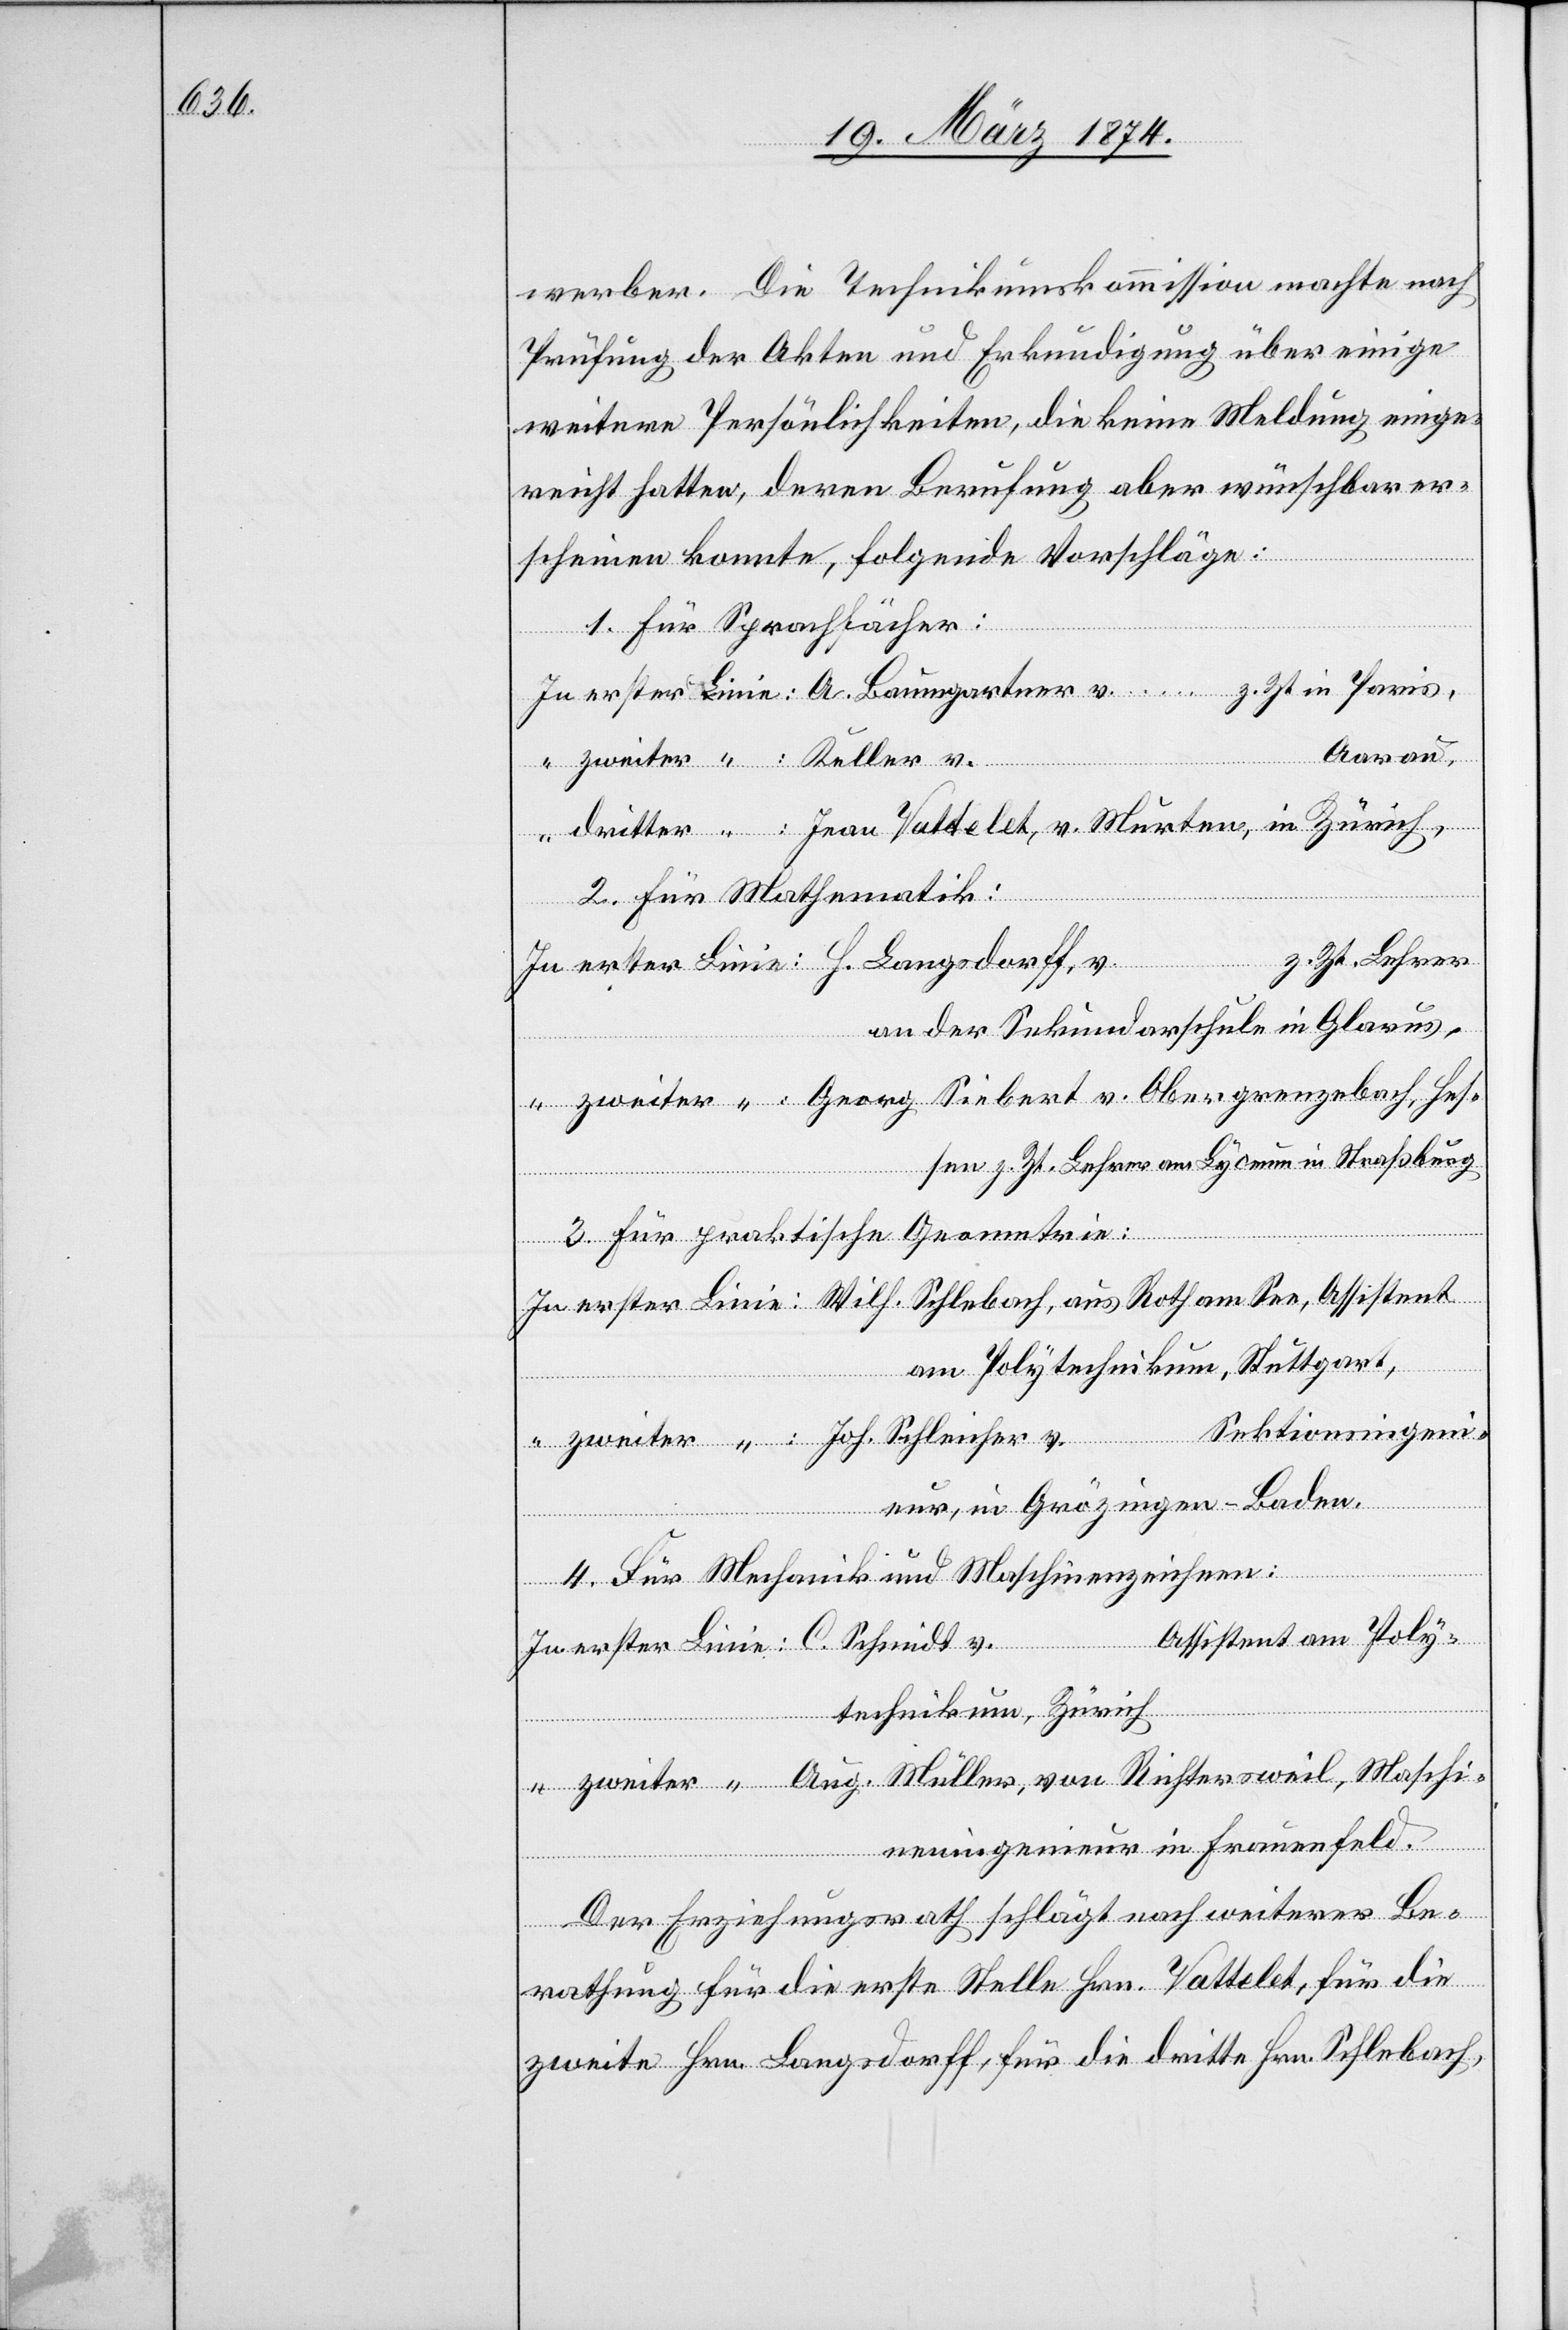
werber. Die Technikumskommission machte nach
Prüfung der Akten und Erkundigung über einige
weitere Persönlichkeiten, die keine Meldung einge¬
reicht hatten, deren Berufung aber wünschbar er¬
scheinen konnte, folgende Vorschläge:
Aarau,
z. Zt. Lehrer
“:
Für praktische Geometrie:
am Polytechnikum, Stuttgart,
Maschi¬
eur, in Grözingen-Baden.
Für Mechanik und Maschinenzeichnen:
Assistent am Poly¬
Richtersweil,
technikum, Zürich
von
neningenieur in Frauenfeld.
Der Erziehungsrath schlägt nach weiterer Be¬
rathung für die erste Stelle Hrn. Vattelet, für die
zweite Hrn. Langsdorff, für die dritte Hrn. Schlebach,